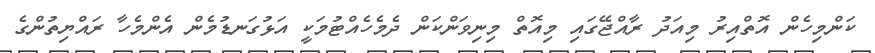
ކަންމިހެން އޮތްއިރު މިއަދު ރާއްޖޭގައި މިއޮތް މިނިވަންކަން ދެމެހެއްޓުމަކީ އަޅުގަނޑުމެން އެންމެހާ ރައްޔިތުންގެ